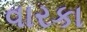
વારકા